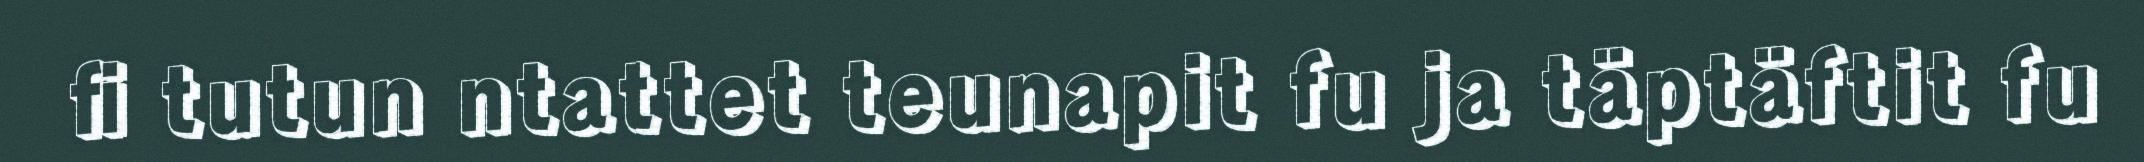
fi tutun ntattet teunapit fu ja täptäftit fu